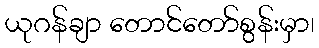
ယုဂန်ချာ တောင်တော်စွန်းမှာ၊